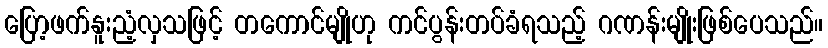
ပြော့ဖက်နူးညံ့လှသဖြင့် တကောင်မျိုဟု ကင်ပွန်းတပ်ခံရသည့် ဂဏန်းမျိုးဖြစ်ပေသည်။